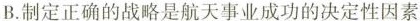
B.制定正确的战略是航天事业成功的决定性因素